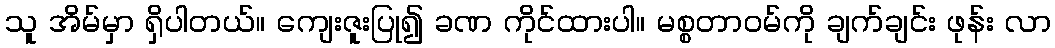
သူ အိမ်မှာ ရှိပါတယ်။ ကျေးဇူးပြု၍ ခဏ ကိုင်ထားပါ။ မစ္စတာဝမ်ကို ချက်ချင်း ဖုန်း လာ